Annual administration report of the Civil Veterinary Department, Ajmere-Merwara, British Rajputana - 1914-1940
Year: 1914
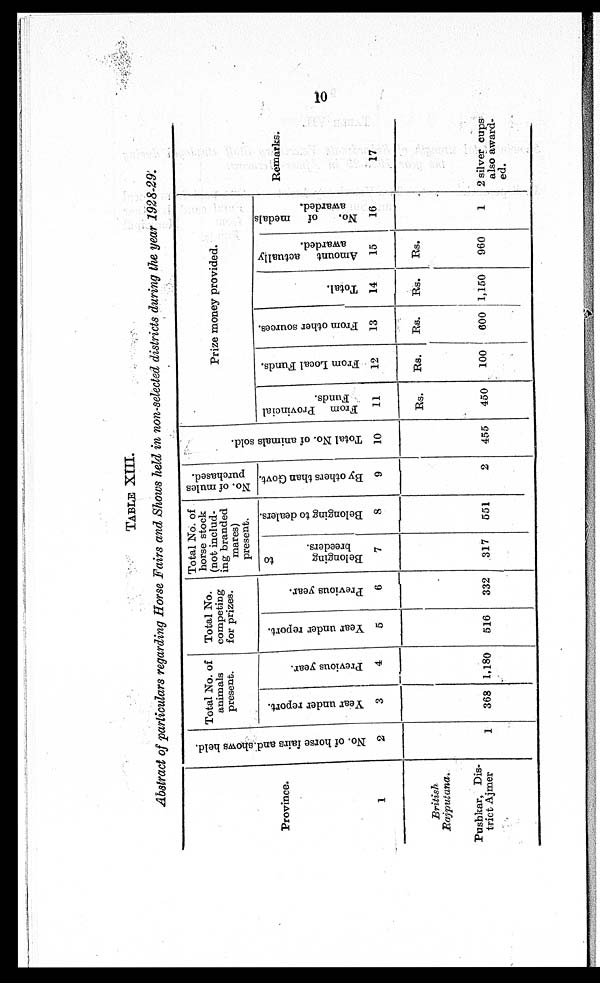
10
TABLE XIII.
Abstract of particulars regarding Horse Fairs and Shows held in non-selected districts during the year 1928-29.
Province.
1
British
Rajputana.
Pushkar, Dis-
trict Ajmer
No. of hor se fairs and shows held.
2
1
Total No. of
animals
present.
Year under report.
3
368
Previous year.
4
1,180
Total No.
competing
for prizes.
Year under report.
5
516
Previous year.
6
332
Total No. of
horse stock
(not includ-
ing branded
mares)
present.
Belonging
to
breeders.
7
317
Belonging to dealers.
8
551
No. of mules
purchased.
By others than Govt.
9
2
Tot al No. of animals sold.
10
455
Prize money provided.
From
Provincial
Funds.
11
Rs.
450
From Local Funds.
12
Rs.
100
From other sourecs.
13
Rs.
600
Total.
14
Rs.
1,150
Amount
actually
awarded.
15
Rs.
960
No.
of
medals
awarded.
16
1
Remarks.
17
2 silver cups
also award-
ed.